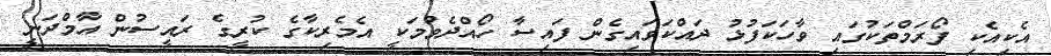
އެކިއެކި ފޯރަމްތަކުގައި ވާހަކަފުޅު ދައްކަވައިގެން ފައިސާ ހޯއްދެވުމަކީ އެމެރިކާގެ ކުރީގެ ރައީސުން އާމްދަނީ